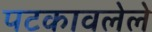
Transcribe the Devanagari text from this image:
पटकावलेले